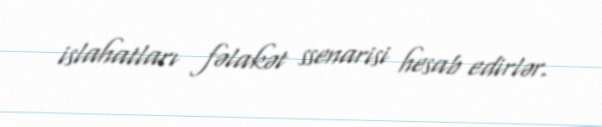
islahatları fəlakət ssenarisi hesab edirlər.